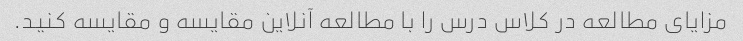
مزایای مطالعه در کلاس درس را با مطالعه آنلاین مقایسه و مقایسه کنید.